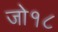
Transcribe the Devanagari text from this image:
जो१८